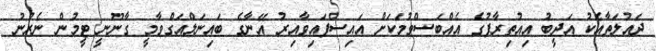
ދައުލަތާއެކު އަދީބު އިއުތިރާފުގެ އެއްބަސްވުމަކަށް އައިސްފައިވާއިރު އޭނާގެ ބައިނަލްއަގްވާމީ ގާނޫނީ ޓީމުން ނެރުނު